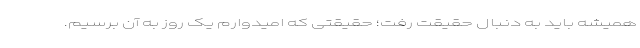
همیشه باید به دنبال حقیقت رفت؛ حقیقتی که امیدوارم یک روز به آن برسیم.